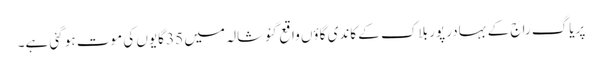
پریاگ راج کے بہادر پور بلاک کے کاندی گاؤں واقع گئوشالہ میں 35 گایوں کی موت ہو گئی ہے۔